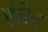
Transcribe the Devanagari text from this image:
हंसेन